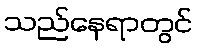
သည်နေရာတွင်